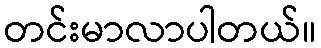
တင်းမာလာပါတယ်။